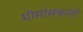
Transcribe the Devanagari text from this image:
मीमांसकांनी